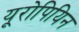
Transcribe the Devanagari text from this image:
यूरोपियिन